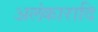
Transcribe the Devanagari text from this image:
अलंकारादि